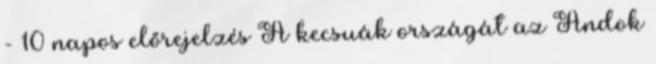
- 10 napos előrejelzés A kecsuák országát az Andok